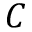
C